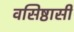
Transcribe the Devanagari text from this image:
वसिष्ठासी